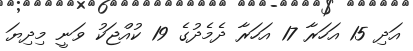
އަދި 15 އަހަރާ 17 އަހަރާ ދެމެދުގެ 19 ކުއްޖަކު ވަނީ މިދިޔަ